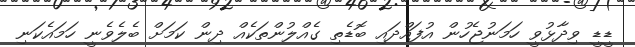
ޑީޑީ ވިދާޅުވީ ހަމަނުޖެހުން އުފައްދައި ބޮޑެތި ގެއްލުންތަކެއް ދިން ކަމަށް ބެލެވެނީ ހަމައެކަނި